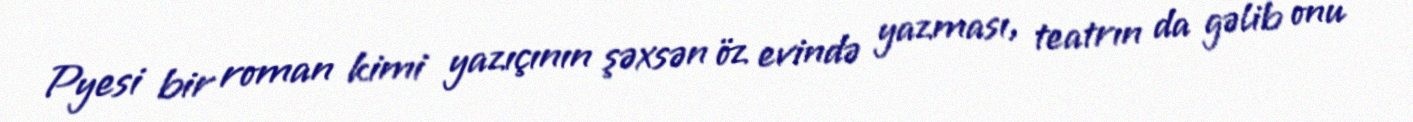
Pyesi bir roman kimi yazıçının şəxsən öz evində yazması, teatrın da gəlib onu